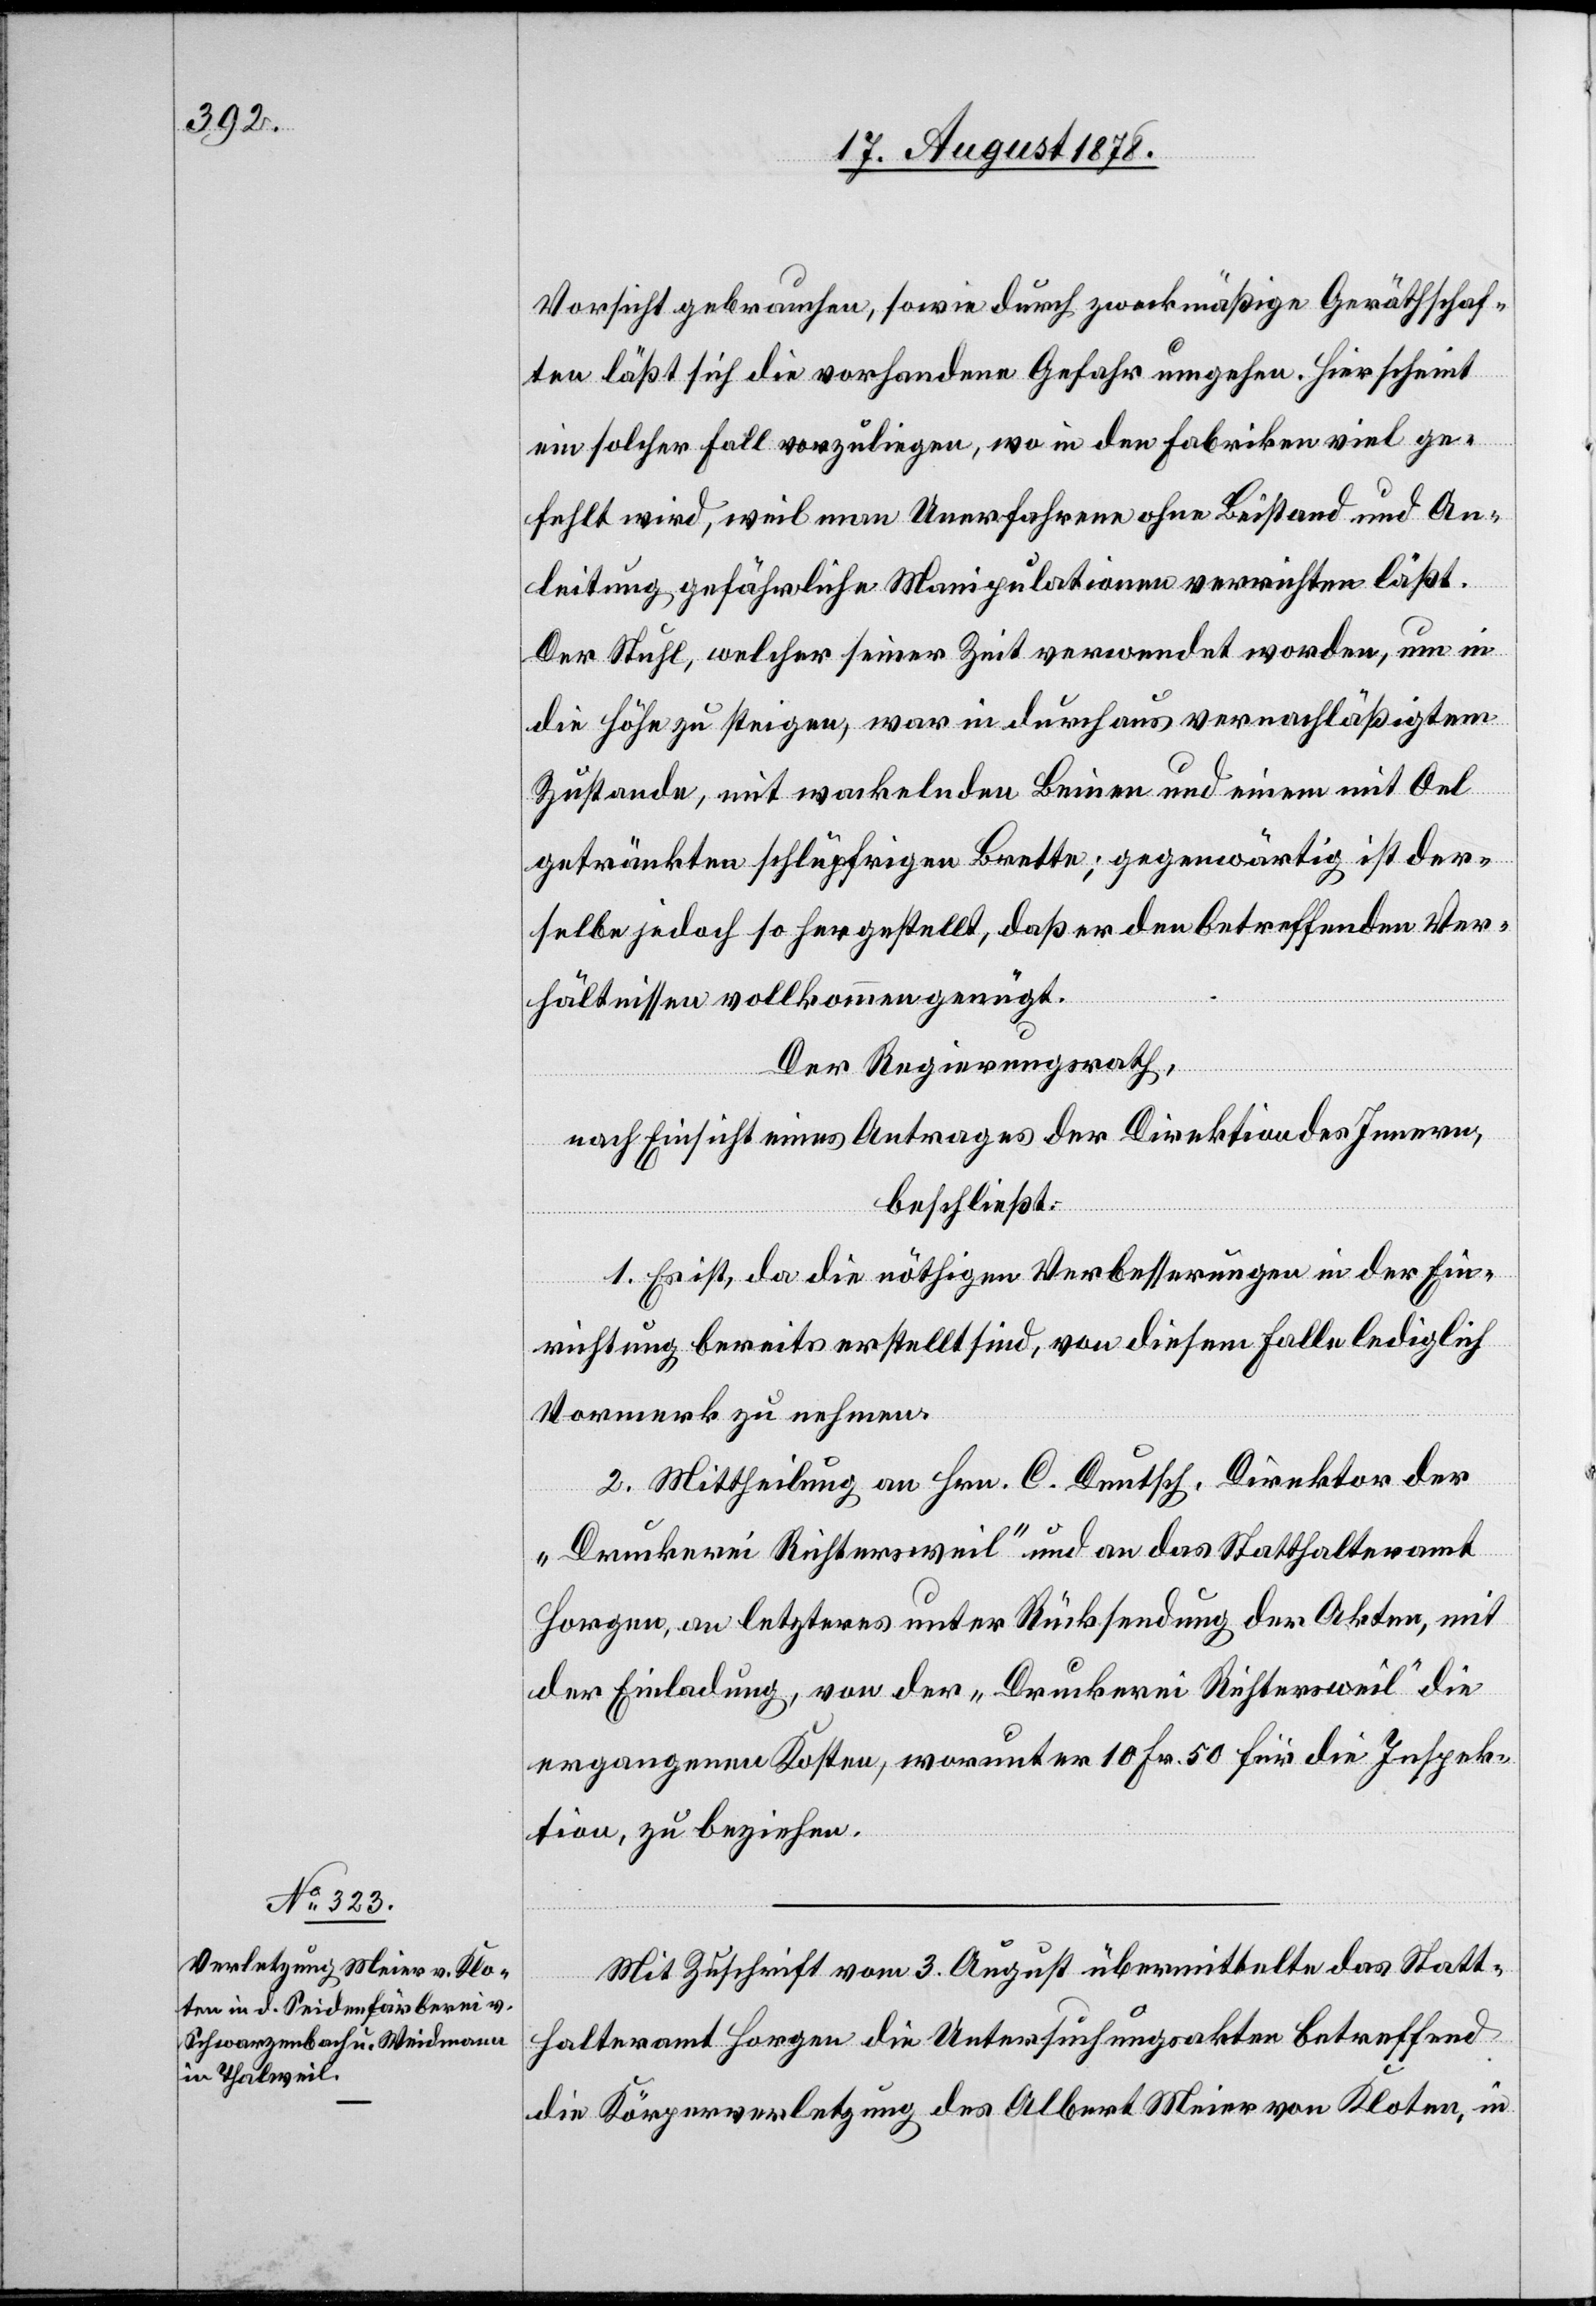
Vorsicht gebrauchen, sowie durch zweckmäßige Geräthschaf¬
ten läßt sich die vorhandene Gefahr umgehen. Hier scheint
ein solcher Fall vorzuliegen, wo in den Fabriken viel ge¬
fehlt wird, weil man Unerfahrene ohne Beistand und An¬
leitung gefährliche Manipulationen verrichten läßt.
Der Stuhl, welcher seiner Zeit verwendet worden, um in
die Höhe zu steigen, war in durchaus vernachlässigtem
Zustande, mit wackelnden Beinen und einem mit Oel
getränkten schlüpfrigen Bette; gegenwärtig ist der¬
selbe jedoch so hergestellt, daß er den betreffenden Ver¬
hältnissen vollkommen genügt.
Der Regierungsrath,
nach Einsicht eines Antrages der Direktion des Innern,
beschließt:
1. Es ist, da die nöthigen Verbesserungen in der Ein¬
richtung bereits erstellt sind, von diesem Falle lediglich
Vormerk zu nehmen.
2. Mittheilung an Hrn. C. Deutsch, Direktor der
„Druckerei Richtersweil“ und an das Statthalteramt
Horgen, an letzteres unter Rücksendung der Akten, mit
der Einladung, von der „Druckerei Richtersweil“ die
ergangenen Kosten, worunter 10 Fr. 50 für die Inspek¬
tion, zu beziehen.
Mit Zuschrift vom 3. August übermittelte das Statt¬
halteramt Horgen die Untersuchungsakten betreffend
die Körperverletzung des Albert Meier von Kloten, in